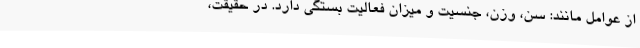
از عوامل مانند: سن، وزن، جنسیت و میزان فعالیت بستگی دارد. در حقیقت،